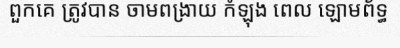
ពួកគេ ត្រូវបាន ចាមពង្រាយ កំឡុង ពេល ឡោមព័ទ្ធ